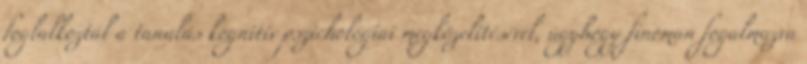
foglalkoztál a tanulás kognitív pszichológiai megközelítésével, úgyhogy finoman fogalmazva